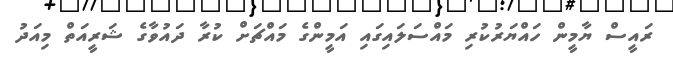
ރައީސް ޔާމީން ހައްޔަރުކުރި މައްސަލައިގައި އަމީންގެ މައްޗަށް ކުރާ ދައުވާގެ ޝަރީއަތް މިއަދު